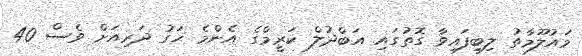
މައުލޫމާތު ލިބިފައިވާ ގޮތުގައި އަބްދުލް ކަރީމްގެ އެންމެ ހަގު ދަރިއަށް ވެސް 40